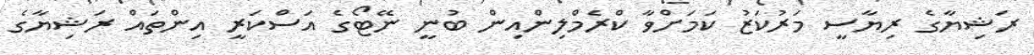
ރަޝިޔާގެ ރިޔާސީ މަރުކަޒު ކަމަށްވާ ކްރެމްލިންއިން ބުނީ ނޭޓޯގެ އަސްކަރީ އިންތައް ރަޝިޔާގެ